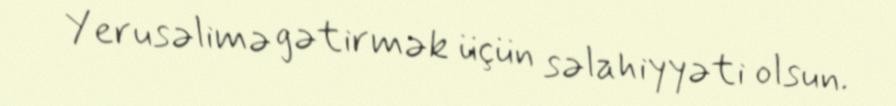
Yerusəlimə gətirmək üçün səlahiyyəti olsun.